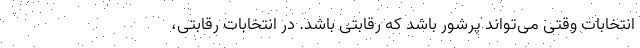
انتخابات وقتی می‌تواند پرشور باشد که رقابتی باشد. در انتخابات رقابتی،